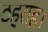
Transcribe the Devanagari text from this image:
ठहराइ।